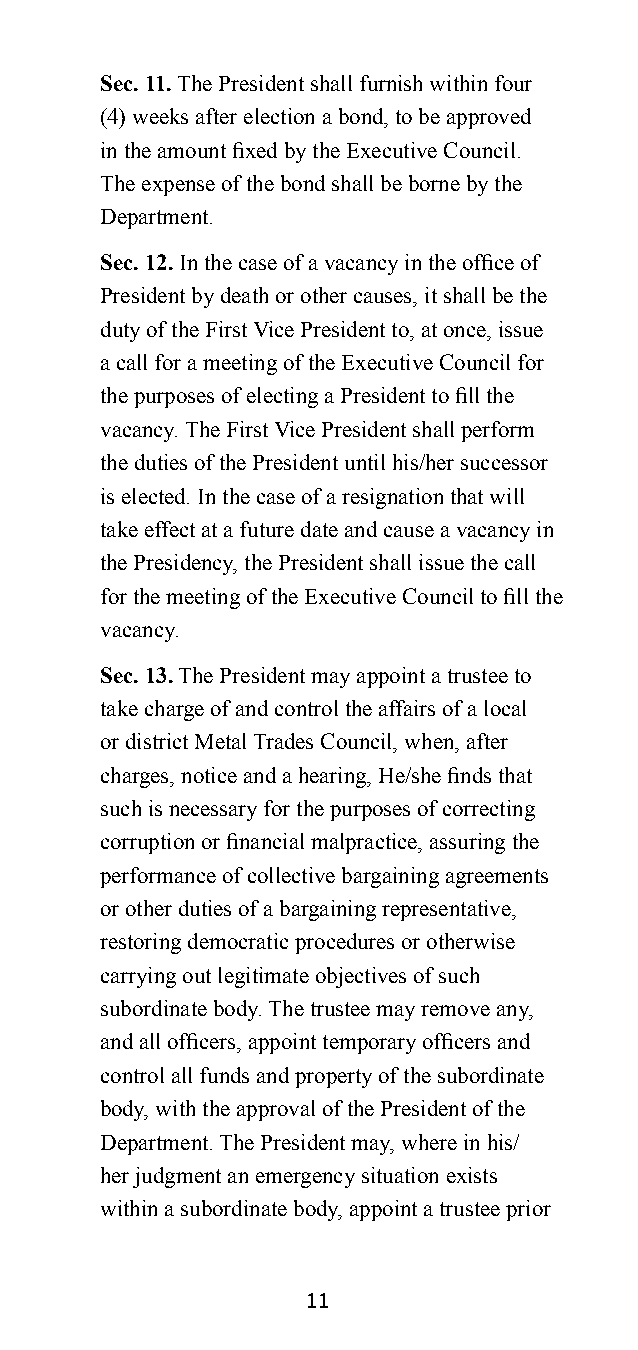
Sec. 11. The President shall furnish within four
 (4) weeks after election a bond, to be approved
 in the amount fixed by the Executive Council.
 The expense of the bond shall be borne by the
 Department.
 Sec. 12. In the case of a vacancy in the office of
 President by death or other causes, it shall be the
 duty of the First Vice President to, at once, issue
 a call for a meeting of the Executive Council for
 the purposes of electing a President to fill the
 vacancy. The First Vice President shall perform
 the duties of the President until his/her successor
 is elected. In the case of a resignation that will
 take effect at a future date and cause a vacancy in
 the Presidency, the President shall issue the call
 for the meeting of the Executive Council to fill the
 vacancy.
 Sec. 13. The President may appoint a trustee to
 take charge of and control the affairs of a local
 or district Metal Trades Council, when, after
 charges, notice and a hearing, He/she finds that
 such is necessary for the purposes of correcting
 corruption or financial malpractice, assuring the
 performance of collective bargaining agreements
 or other duties of a bargaining representative,
 restoring democratic procedures or otherwise
 carrying out legitimate objectives of such
 subordinate body. The trustee may remove any,
 and all officers, appoint temporary officers and
 control all funds and property of the subordinate
 body, with the approval of the President of the
 Department. The President may, where in his/
 her judgment an emergency situation exists
 within a subordinate body, appoint a trustee prior
 11